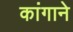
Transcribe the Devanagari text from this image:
कांगाने